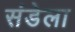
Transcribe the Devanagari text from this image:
संडेला